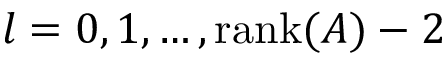
l = 0 , 1 , \dots , \operatorname { r a n k } ( A ) - 2